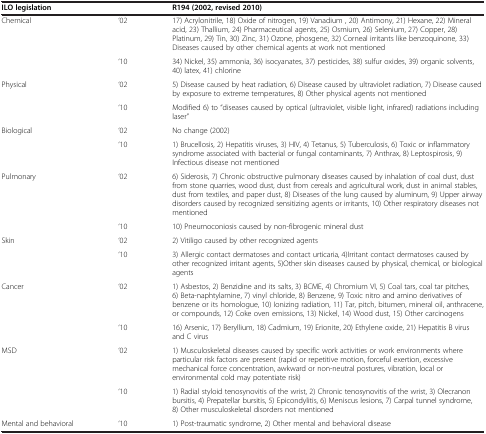
<table><thead><tr><td colspan="2"><b>ILO legislation</b></td><td><b>R194 (2002, revised 2010)</b></td></tr></thead><tbody><tr><td rowspan="2">Chemical</td><td>‘02</td><td>17) Acrylonitrile, 18) Oxide of nitrogen, 19) Vanadium , 20) Antimony, 21) Hexane, 22) Mineral acid, 23) Thallium, 24) Pharmaceutical agents, 25) Osmium, 26) Selenium, 27) Copper, 28) Platinum, 29) Tin, 30) Zinc, 31) Ozone, phosgene, 32) Corneal irritants like benzoquinone, 33) Diseases caused by other chemical agents at work not mentioned</td></tr><tr><td>‘10</td><td>34) Nickel, 35) ammonia, 36) isocyanates, 37) pesticides, 38) sulfur oxides, 39) organic solvents, 40) latex, 41) chlorine</td></tr><tr><td rowspan="2">Physical</td><td>‘02</td><td>5) Disease caused by heat radiation, 6) Disease caused by ultraviolet radiation, 7) Disease caused by exposure to extreme temperatures, 8) Other physical agents not mentioned</td></tr><tr><td>‘10</td><td>Modified 6) to “diseases caused by optical (ultraviolet, visible light, infrared) radiations including laser”</td></tr><tr><td rowspan="2">Biological</td><td>‘02</td><td>No change (2002)</td></tr><tr><td>‘10</td><td>1) Brucellosis, 2) Hepatitis viruses, 3) HIV, 4) Tetanus, 5) Tuberculosis, 6) Toxic or inflammatory syndrome associated with bacterial or fungal contaminants, 7) Anthrax, 8) Leptospirosis, 9) Infectious disease not mentioned</td></tr><tr><td rowspan="2">Pulmonary</td><td>‘02</td><td>6) Siderosis, 7) Chronic obstructive pulmonary diseases caused by inhalation of coal dust, dust from stone quarries, wood dust, dust from cereals and agricultural work, dust in animal stables, dust from textiles, and paper dust, 8) Diseases of the lung caused by aluminum, 9) Upper airway disorders caused by recognized sensitizing agents or irritants, 10) Other respiratory diseases not mentioned</td></tr><tr><td>‘10</td><td>10) Pneumoconiosis caused by non-fibrogenic mineral dust</td></tr><tr><td rowspan="2">Skin</td><td>‘02</td><td>2) Vitiligo caused by other recognized agents</td></tr><tr><td>‘10</td><td>3) Allergic contact dermatoses and contact urticaria, 4)Irritant contact dermatoses caused by other recognized irritant agents, 5)Other skin diseases caused by physical, chemical, or biological agents</td></tr><tr><td rowspan="2">Cancer</td><td>‘02</td><td>1) Asbestos, 2) Benzidine and its salts, 3) BCME, 4) Chromium VI, 5) Coal tars, coal tar pitches, 6) Beta-naphtylamine, 7) vinyl chloride, 8) Benzene, 9) Toxic nitro and amino derivatives of benzene or its homologue, 10) Ionizing radiation, 11) Tar, pitch, bitumen, mineral oil, anthracene, or compounds, 12) Coke oven emissions, 13) Nickel, 14) Wood dust, 15) Other carcinogens</td></tr><tr><td>‘10</td><td>16) Arsenic, 17) Beryllium, 18) Cadmium, 19) Erionite, 20) Ethylene oxide, 21) Hepatitis B virus and C virus</td></tr><tr><td rowspan="2">MSD</td><td>‘02</td><td>1) Musculoskeletal diseases caused by specific work activities or work environments where particular risk factors are present (rapid or repetitive motion, forceful exertion, excessive mechanical force concentration, awkward or non-neutral postures, vibration, local or environmental cold may potentiate risk)</td></tr><tr><td>‘10</td><td>1) Radial styloid tenosynovitis of the wrist, 2) Chronic tenosynovitis of the wrist, 3) Olecranon bursitis, 4) Prepatellar bursitis, 5) Epicondylitis, 6) Meniscus lesions, 7) Carpal tunnel syndrome, 8) Other musculoskeletal disorders not mentioned</td></tr><tr><td>Mental and behavioral</td><td>‘10</td><td>1) Post-traumatic syndrome, 2) Other mental and behavioral disease</td></tr></tbody></table>